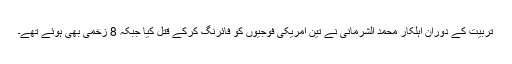
تربیت کے دوران اہلکار محمد الشرمانی نے تین امریکی فوجیوں کو فائرنگ کرکے قتل کیا جبکہ 8 زخمی بھی ہوئے تھے۔